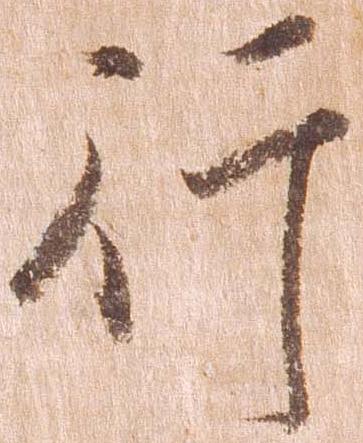
行